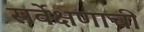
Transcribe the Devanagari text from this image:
सर्वेक्षणाची